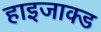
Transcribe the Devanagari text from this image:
हाइजाक्ड